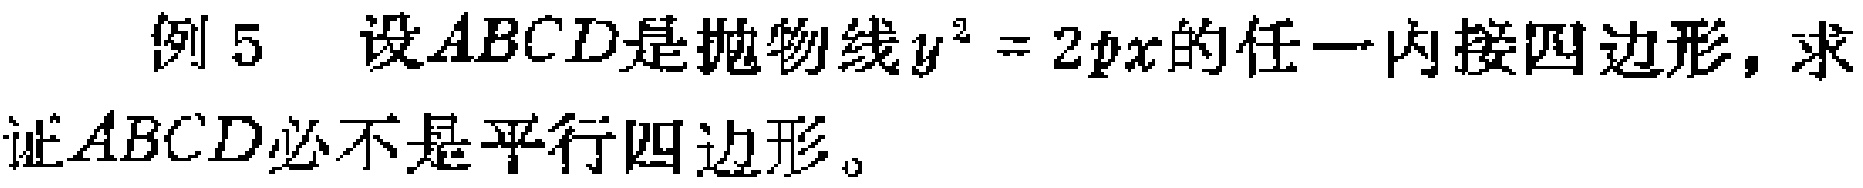
例 5 设 \(ABCD\) 是抛物线 \(y^{2}=2px\) 的任一内接四边形，求证 \(ABCD\) 必不是平行四边形。